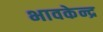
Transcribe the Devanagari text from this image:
भावकेन्द्र